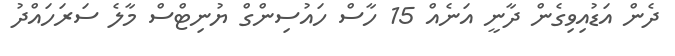
ދެން އަޑުއިވިގެން ދާނީ އަނެއް 15 ހާސް ހައުސިންގް ޔުނިޓްސް މާލެ ސަރަހައްދު